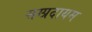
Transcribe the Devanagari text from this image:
सम्प्रदायम